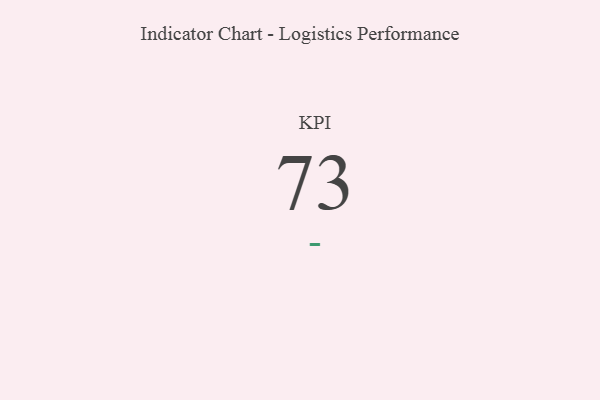
{"axis": {"x": "KPI", "y": "Value"}, "legend": [""], "data": [{"x": "KPI", "y": 73, "type": ""}]}